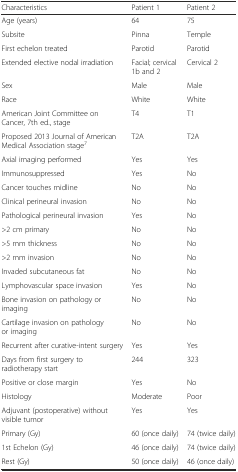
<table><thead><tr><td><b>Characteristics</b></td><td><b>Patient 1</b></td><td><b>Patient 2</b></td></tr></thead><tbody><tr><td>Age (years)</td><td>64</td><td>75</td></tr><tr><td>Subsite</td><td>Pinna</td><td>Temple</td></tr><tr><td>First echelon treated</td><td>Parotid</td><td>Parotid</td></tr><tr><td>Extended elective nodal irradiation</td><td>Facial; cervical 1b and 2</td><td>Cervical 2</td></tr><tr><td>Sex</td><td>Male</td><td>Male</td></tr><tr><td>Race</td><td>White</td><td>White</td></tr><tr><td>American Joint Committee on Cancer, 7th ed., stage</td><td>T4</td><td>T1</td></tr><tr><td>Proposed 2013 Journal of American Medical Association stage<sup>7</sup></td><td>T2A</td><td>T2A</td></tr><tr><td>Axial imaging performed</td><td>Yes</td><td>Yes</td></tr><tr><td>Immunosuppressed</td><td>Yes</td><td>No</td></tr><tr><td>Cancer touches midline</td><td>No</td><td>No</td></tr><tr><td>Clinical perineural invasion</td><td>No</td><td>No</td></tr><tr><td>Pathological perineural invasion</td><td>Yes</td><td>No</td></tr><tr><td>&gt;2 cm primary</td><td>No</td><td>No</td></tr><tr><td>&gt;5 mm thickness</td><td>No</td><td>No</td></tr><tr><td>&gt;2 mm invasion</td><td>No</td><td>No</td></tr><tr><td>Invaded subcutaneous fat</td><td>No</td><td>No</td></tr><tr><td>Lymphovascular space invasion</td><td>Yes</td><td>No</td></tr><tr><td>Bone invasion on pathology or imaging</td><td>No</td><td>No</td></tr><tr><td>Cartilage invasion on pathology or imaging</td><td>No</td><td>No</td></tr><tr><td>Recurrent after curative-intent surgery</td><td>Yes</td><td>Yes</td></tr><tr><td>Days from first surgery to radiotherapy start</td><td>244</td><td>323</td></tr><tr><td>Positive or close margin</td><td>Yes</td><td>No</td></tr><tr><td>Histology</td><td>Moderate</td><td>Poor</td></tr><tr><td>Adjuvant (postoperative) without visible tumor</td><td>Yes</td><td>Yes</td></tr><tr><td>Primary (Gy)</td><td>60 (once daily)</td><td>74 (twice daily)</td></tr><tr><td>1st Echelon (Gy)</td><td>46 (once daily)</td><td>74 (twice daily)</td></tr><tr><td>Rest (Gy)</td><td>50 (once daily)</td><td>46 (once daily)</td></tr></tbody></table>